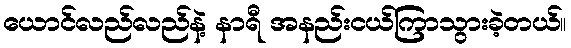
ယောင်လည်လည်နဲ့ နာရီ အနည်းငယ်ကြာသွားခဲ့တယ်။